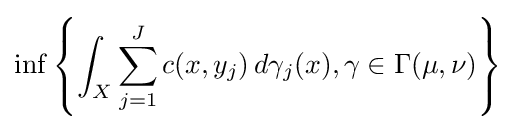
\inf \left\{\int _{X}\sum _{j=1}^{J}c(x,y_{j})\,d\gamma _{j}(x),\gamma \in \Gamma (\mu ,\nu )\right\}